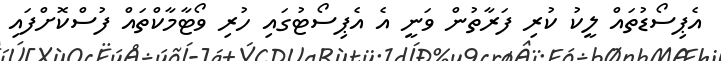
އެޕިސޯޑުތައް ލީކު ކުރި ފަރާތުން ވަނީ އެ އެޕިސޯޓުގައި ހުރި ވޯޓާމާކްތައް ފުސްކޮށްފައި